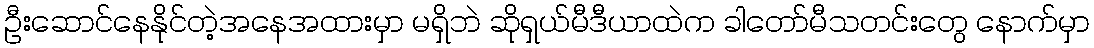
ဦးဆောင်နေနိုင်တဲ့အနေအထားမှာ မရှိဘဲ ဆိုရှယ်မီဒီယာထဲက ခါတော်မီသတင်းတွေ နောက်မှာ